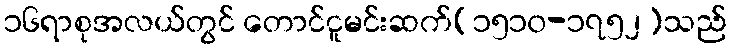
၁၆ရာစုအလယ်တွင် တောင်ငူမင်းဆက်(၁၅၁၀-၁၇၅၂)သည်